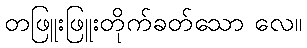
တဖြူးဖြူးတိုက်ခတ်သော လေ။